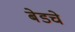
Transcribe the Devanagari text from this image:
बेडचे